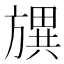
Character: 𣄗